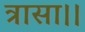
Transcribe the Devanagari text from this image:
त्रासा।।